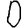
Digit: 0